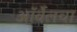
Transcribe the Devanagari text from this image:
ऑर्वेलचा